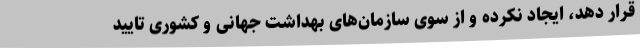
قرار دهد، ایجاد نکرده و از سوی سازمان‌های بهداشت جهانی و کشوری تایید